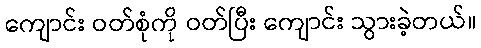
ကျောင်း ဝတ်စုံကို ဝတ်ပြီး ကျောင်း သွားခဲ့တယ်။